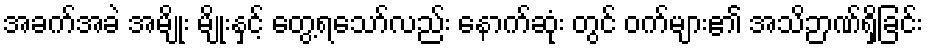
အခက်အခဲ အမျိုး မျိုးနှင့် တွေ့ရသော်လည်း နောက်ဆုံး တွင် ဝက်များ၏ အသိဉာဏ်ရှိခြင်း